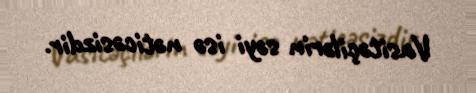
Vasitəçilərin səyi isə nəticəsizdir.